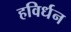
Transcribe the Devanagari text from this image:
हविर्धन